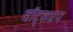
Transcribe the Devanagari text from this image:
वॉट्सएप